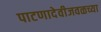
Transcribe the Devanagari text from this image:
पाटणादेवीजवळच्या